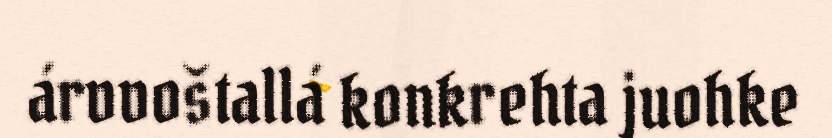
árvvoštallá konkrehta juohke